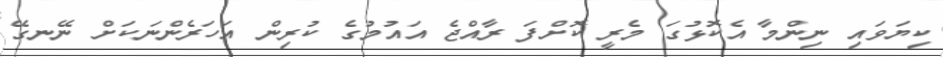
ކިޔަވައި ނިންމާ އެކޮޅުގަ މެރީ ކޮށްފަ ރާއްޖެ އައުމުގެ ކުރިން އަހަރެންނަކަށް ނޭނގޭ